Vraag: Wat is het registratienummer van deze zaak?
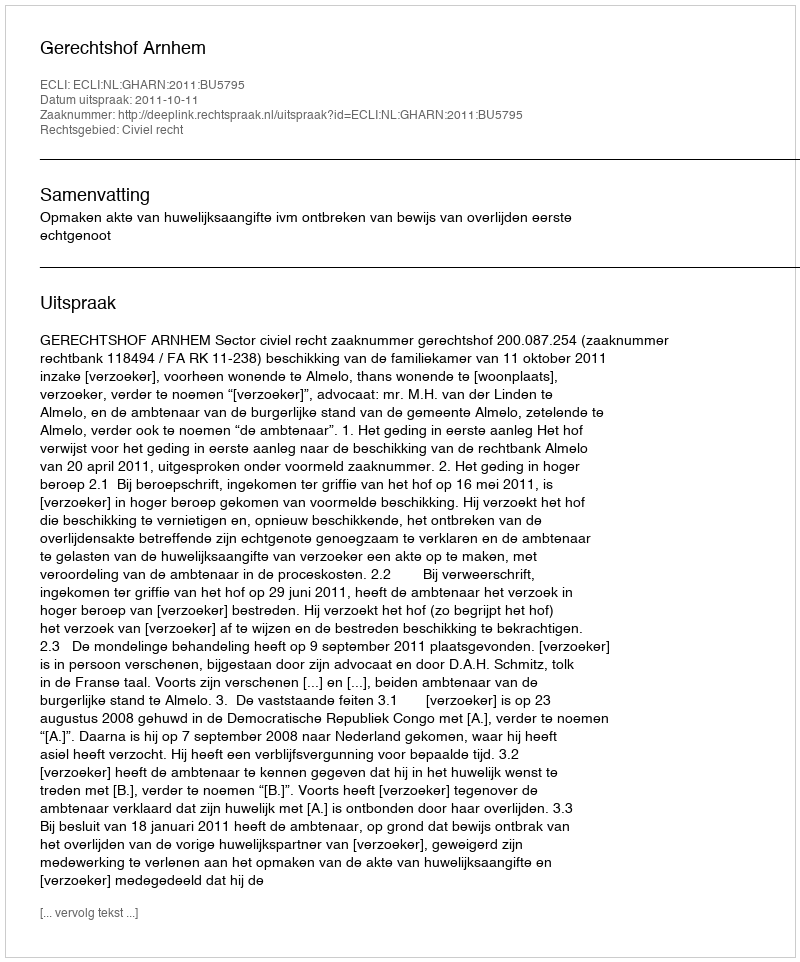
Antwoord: http://deeplink.rechtspraak.nl/uitspraak?id=ECLI:NL:GHARN:2011:BU5795